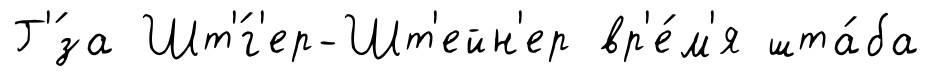
Г'́за Шт'́г'ер-Шт'ейн'ер вр'е́м'я шта́ба